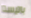
باتيستا